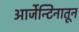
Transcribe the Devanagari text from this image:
आर्जेन्टिनातून